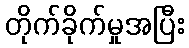
တိုက်ခိုက်မှုအပြီး